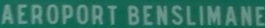
AEROPORT BENSLIMANE